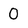
Character: 0